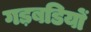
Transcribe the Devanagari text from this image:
गड़बडियों